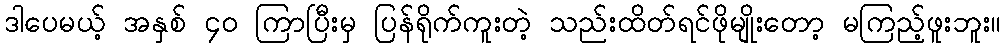
ဒါပေမယ့် အနှစ် ၄၀ ကြာပြီးမှ ပြန်ရိုက်ကူးတဲ့ သည်းထိတ်ရင်ဖိုမျိုးတော့ မကြည့်ဖူးဘူး။